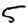
Digit: 5